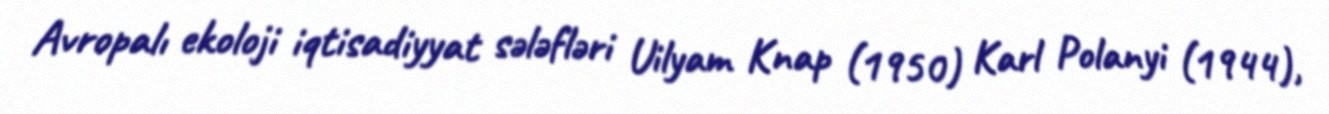
Avropalı ekoloji iqtisadiyyat sələfləri Uilyam Knap (1950) Karl Polanyi (1944),